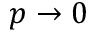
p \rightarrow 0